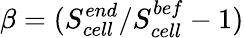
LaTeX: \beta=(S_{cell}^{end}/S_{cell}^{bef}-1)